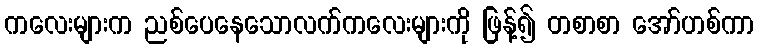
ကလေးများက ညစ်ပေနေသောလက်ကလေးများကို ဖြန့်၍ တစာစာ အော်ဟစ်ကာ